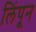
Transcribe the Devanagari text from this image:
लिंपून